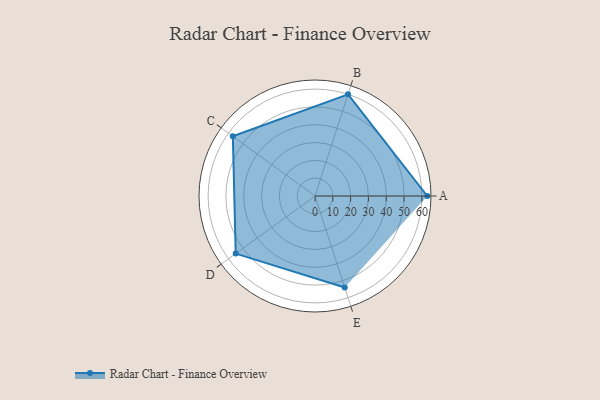
{"axis": {"x": "Skill", "y": "Score"}, "legend": ["Profile"], "data": [{"x": "A", "y": 63.0, "type": "Profile"}, {"x": "B", "y": 60.0, "type": "Profile"}, {"x": "C", "y": 57.0, "type": "Profile"}, {"x": "D", "y": 55.0, "type": "Profile"}, {"x": "E", "y": 54.0, "type": "Profile"}]}